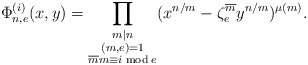
\begin{align*} \Phi_{n,e}^{(i)}(x,y)=\prod_{\substack{m|n \\ (m,e)=1\\ \overline mm\equiv i \bmod e}}(x^{n/m}-\zeta^{\overline m}_{e}y^{n/m})^{\mu(m)}.\end{align*}